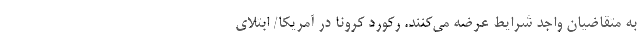
به متقاضیان واجد شرایط عرضه می‌کنند. رکورد کرونا در آمریکا/ ابتلای